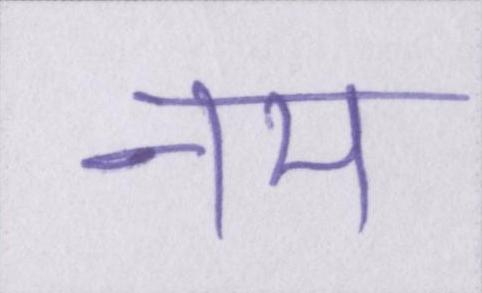
नम